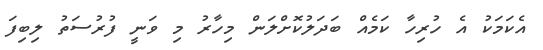
އެކަމަކު އެ ހުރިހާ ކަމެއް ބަދަލުކޮށްލަން މިހާރު މި ވަނީ ފުރުސަތު ލިބިފަ